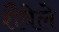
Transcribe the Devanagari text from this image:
शैवेले